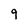
Character: 9